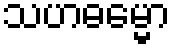
သဟဓမ္မော